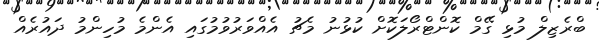
ބްރެޒިލް މުޅި ގޭމް ކޮންޓްރޯލަކޮށް ކުޅުނު މެޗު އެއްވަރުވުމުގައި އެންމެ މުހިންމު ދައުރެއް